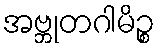
အဗ္ဘုတဂါမိဉ္စ